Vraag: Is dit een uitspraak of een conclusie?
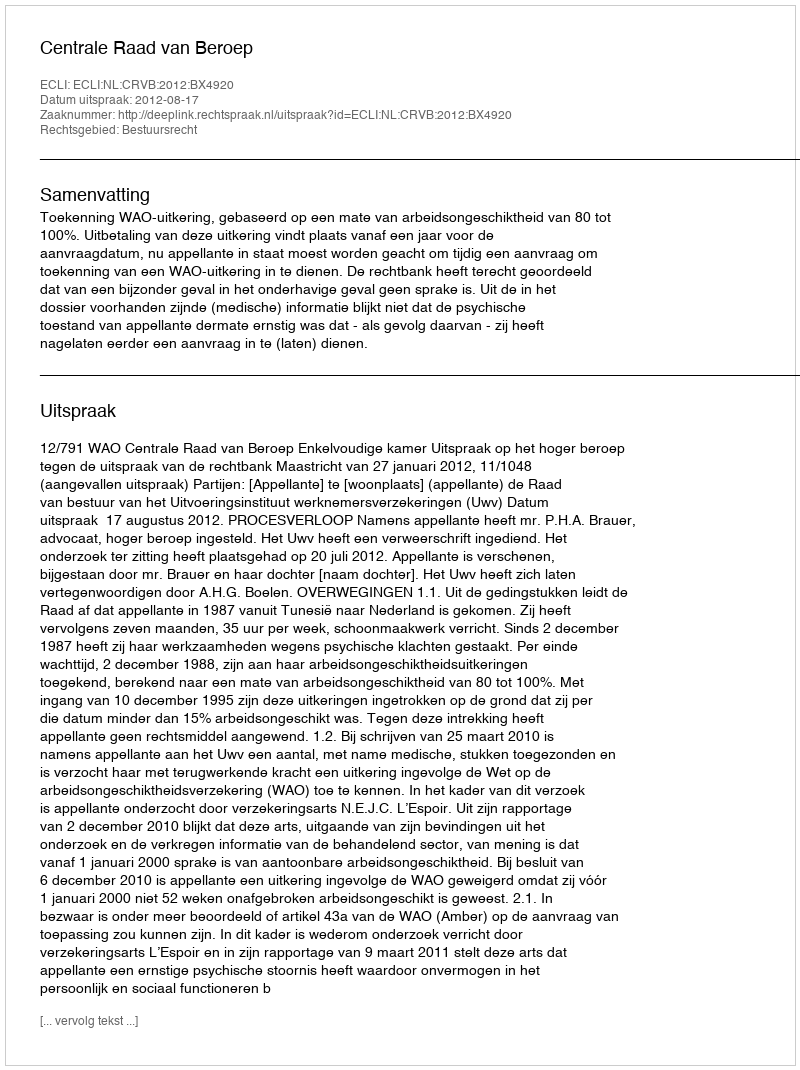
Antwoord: Uitspraak